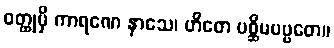
ဝတ္ထုမှိ ကာရဏေ နာသေ၊ ဟိတေ ပစ္ဆိမပဗ္ဗတေ။